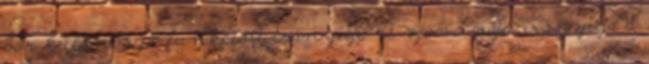
bőr különböző funkcióit irányítja. A vjána váju irányítja a